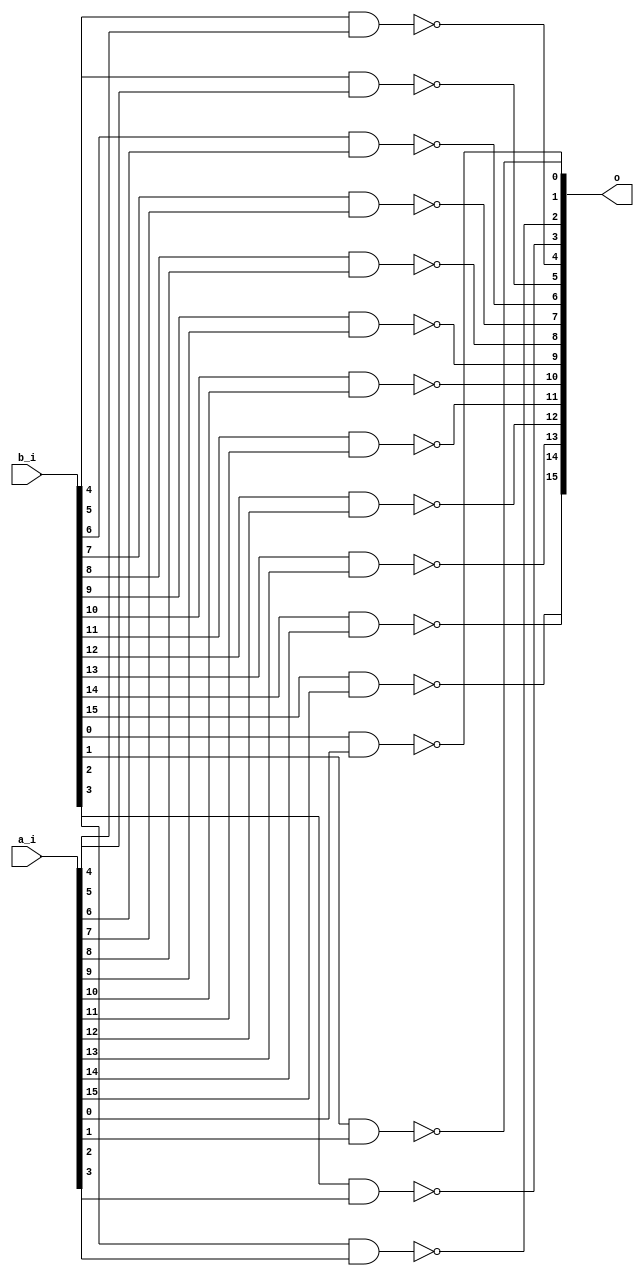
/* Generated by Yosys 0.27+9 (git sha1 101d19bb6, gcc 11.2.0-7ubuntu2 -fPIC -Os) */

(* top =  1  *)

module bsg_nand(a_i, b_i, o);
  
  input [15:0] a_i;
  wire [15:0] a_i;
  
  input [15:0] b_i;
  wire [15:0] b_i;
  
  output [15:0] o;
  wire [15:0] o;
  assign o[4] = ~(b_i[4] & a_i[4]);
  assign o[5] = ~(b_i[5] & a_i[5]);
  assign o[6] = ~(b_i[6] & a_i[6]);
  assign o[7] = ~(b_i[7] & a_i[7]);
  assign o[8] = ~(b_i[8] & a_i[8]);
  assign o[9] = ~(b_i[9] & a_i[9]);
  assign o[10] = ~(b_i[10] & a_i[10]);
  assign o[11] = ~(b_i[11] & a_i[11]);
  assign o[12] = ~(b_i[12] & a_i[12]);
  assign o[13] = ~(b_i[13] & a_i[13]);
  assign o[14] = ~(b_i[14] & a_i[14]);
  assign o[15] = ~(b_i[15] & a_i[15]);
  assign o[0] = ~(b_i[0] & a_i[0]);
  assign o[1] = ~(b_i[1] & a_i[1]);
  assign o[2] = ~(b_i[2] & a_i[2]);
  assign o[3] = ~(b_i[3] & a_i[3]);
endmodule